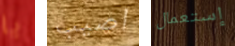
يا اصيب إستعمال